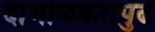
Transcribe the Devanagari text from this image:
दाभोळकरांपुढे